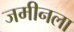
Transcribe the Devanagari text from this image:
जमीनला